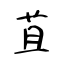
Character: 苴